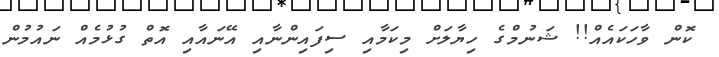
ކޮން ވާހަކައެއް!! ޝަނުމްގެ ހިޔާލަށް މިކަމާއި ސިފައިންނާއި އޭނައާއި އޮތް ގުޅުމެއް ނައުމުން